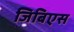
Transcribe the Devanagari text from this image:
जिबिएस